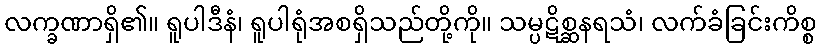
လက္ခဏာရှိ၏။ ရူပါဒီနံ၊ ရူပါရုံအစရှိသည်တို့ကို။ သမ္ပဋိစ္ဆနရသံ၊ လက်ခံခြင်းကိစ္စ